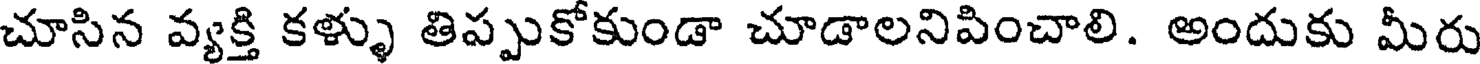
చూసిన వ్యక్తి కళ్ళు తిప్పుకోకుండా చూడాలనిపించాలి. అందుకు మీరు